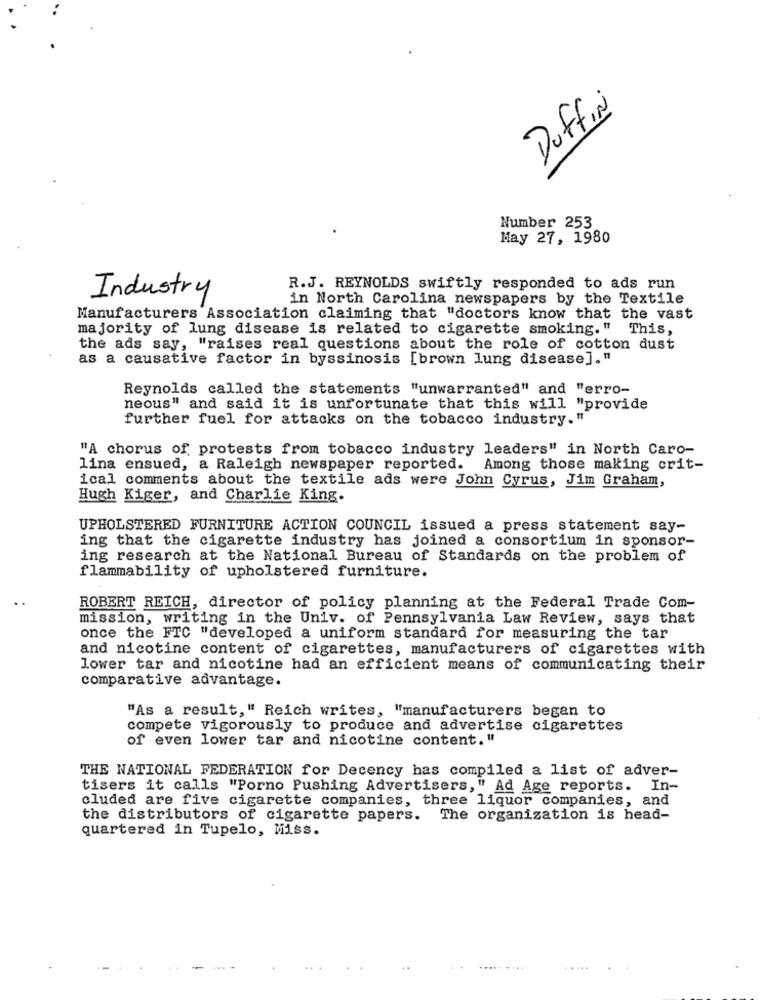
Duffin
Number 253
May 27, 1980
R.J. REYNOLDS swiftly responded to ads run
Industry
in North Carolina newspapers by the Textile
Manufacturers Association claiming that "doctors know that the vast
majority of lung disease is related to cigarette smoking."
This,
the ads say, "raises real questions about the role of cotton dust
as a causative factor in byssinosis [brown lung disease]."
Reynolds called the statements "unwarranted" and "erro-
neous" and said it is unfortunate that this will "provide
further fuel for attacks on the tobacco industry."
"A chorus of protests from tobacco industry leaders" in North Caro-
lina ensued, a Raleigh newspaper reported. Among those making crit-
ical comments about the textile ads were John Cyrus, Jim Graham,
Hugh Kiger, and Charlie King.
UPHOLSTERED FURNITURE ACTION COUNCIL issued a press statement say-
ing that the cigarette industry has joined a consortium in sponsor-
ing research at the National Bureau of Standards on the problem of
flammability of upholstered furniture.
ROBERT REICH, director of policy planning at the Federal Trade Com-
mission, writing in the Univ. of Pennsylvania Law Review, says that
once the FTC "developed a uniform standard for measuring the tar
and nicotine content of cigarettes, manufacturers of cigarettes with
lower tar and nicotine had an efficient means of communicating their
comparative advantage.
"As a result," Reich writes, "manufacturers began to
compete vigorously to produce and advertise cigarettes
of even lower tar and nicotine content. "
THE NATIONAL FEDERATION for Decency has compiled a list of adver-
tisers it calls "Porno Pushing Advertisers," Ad Age reports. In-
cluded are five cigarette companies, three liquor companies, and
the distributors of cigarette papers. The organization is head-
quartered in Tupelo, Miss.